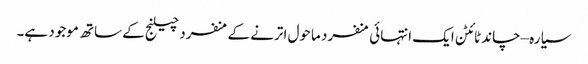
سیارہ –چاند ٹائٹن ایک انتہائی منفرد ماحول اترنے کے منفرد چیلنج کے ساتھ موجود ہے۔